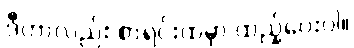
ဒီဟာလည်း စာရင်းထဲမှာ ထည့်ပေးပါ။